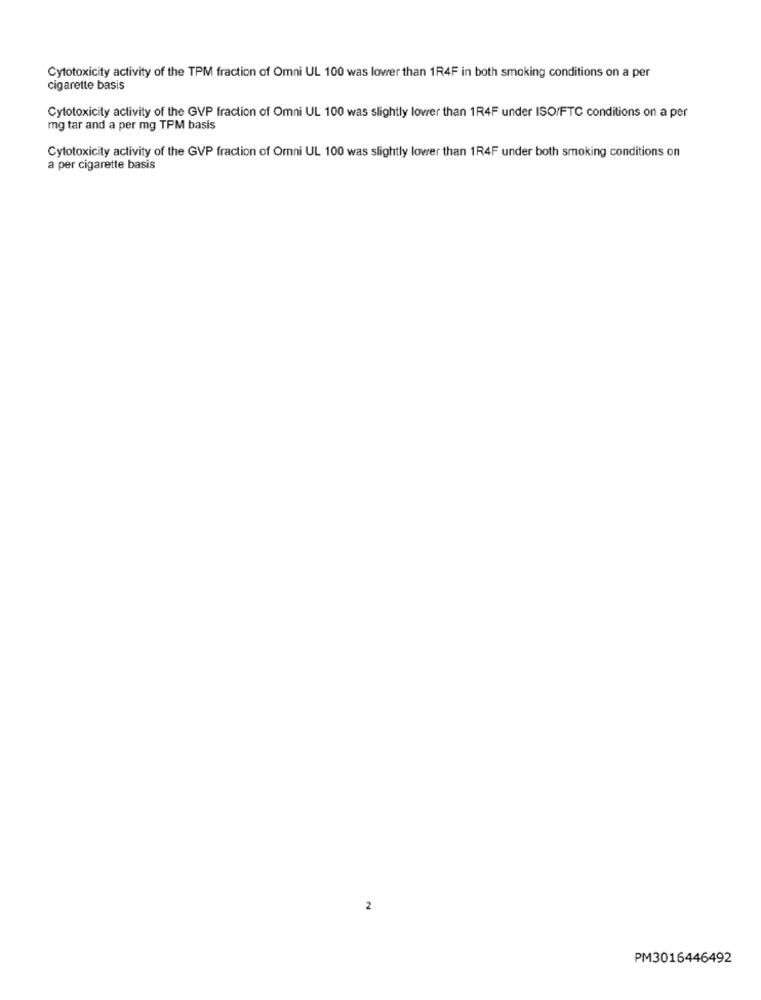
Cytotoxicity activity of the TPM fraction of Omni UL 100 was lower than 1R4F in both smoking conditions on a per
cigarette basis
Cytotoxicity activity of the GVP fraction of Omni UL 100 was slightly lower than 1R4F under ISO/FTC conditions on a per
mg tar and a per mg TPM basis
Cytotoxicity activity of the GVP fraction of Omni UL 100 was slightly lower than 1R4F under both smoking conditions on
a per cigarette basis
2
PM3016446492